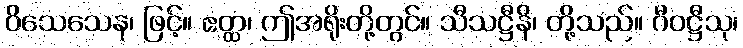
ဝိသေသေန၊ ဖြင့်။ ဧတ္ထ၊ ဤအရိုးတို့တွင်။ သီသဋ္ဌီနိ၊ တို့သည်။ ဂီဝဋ္ဌီသု၊